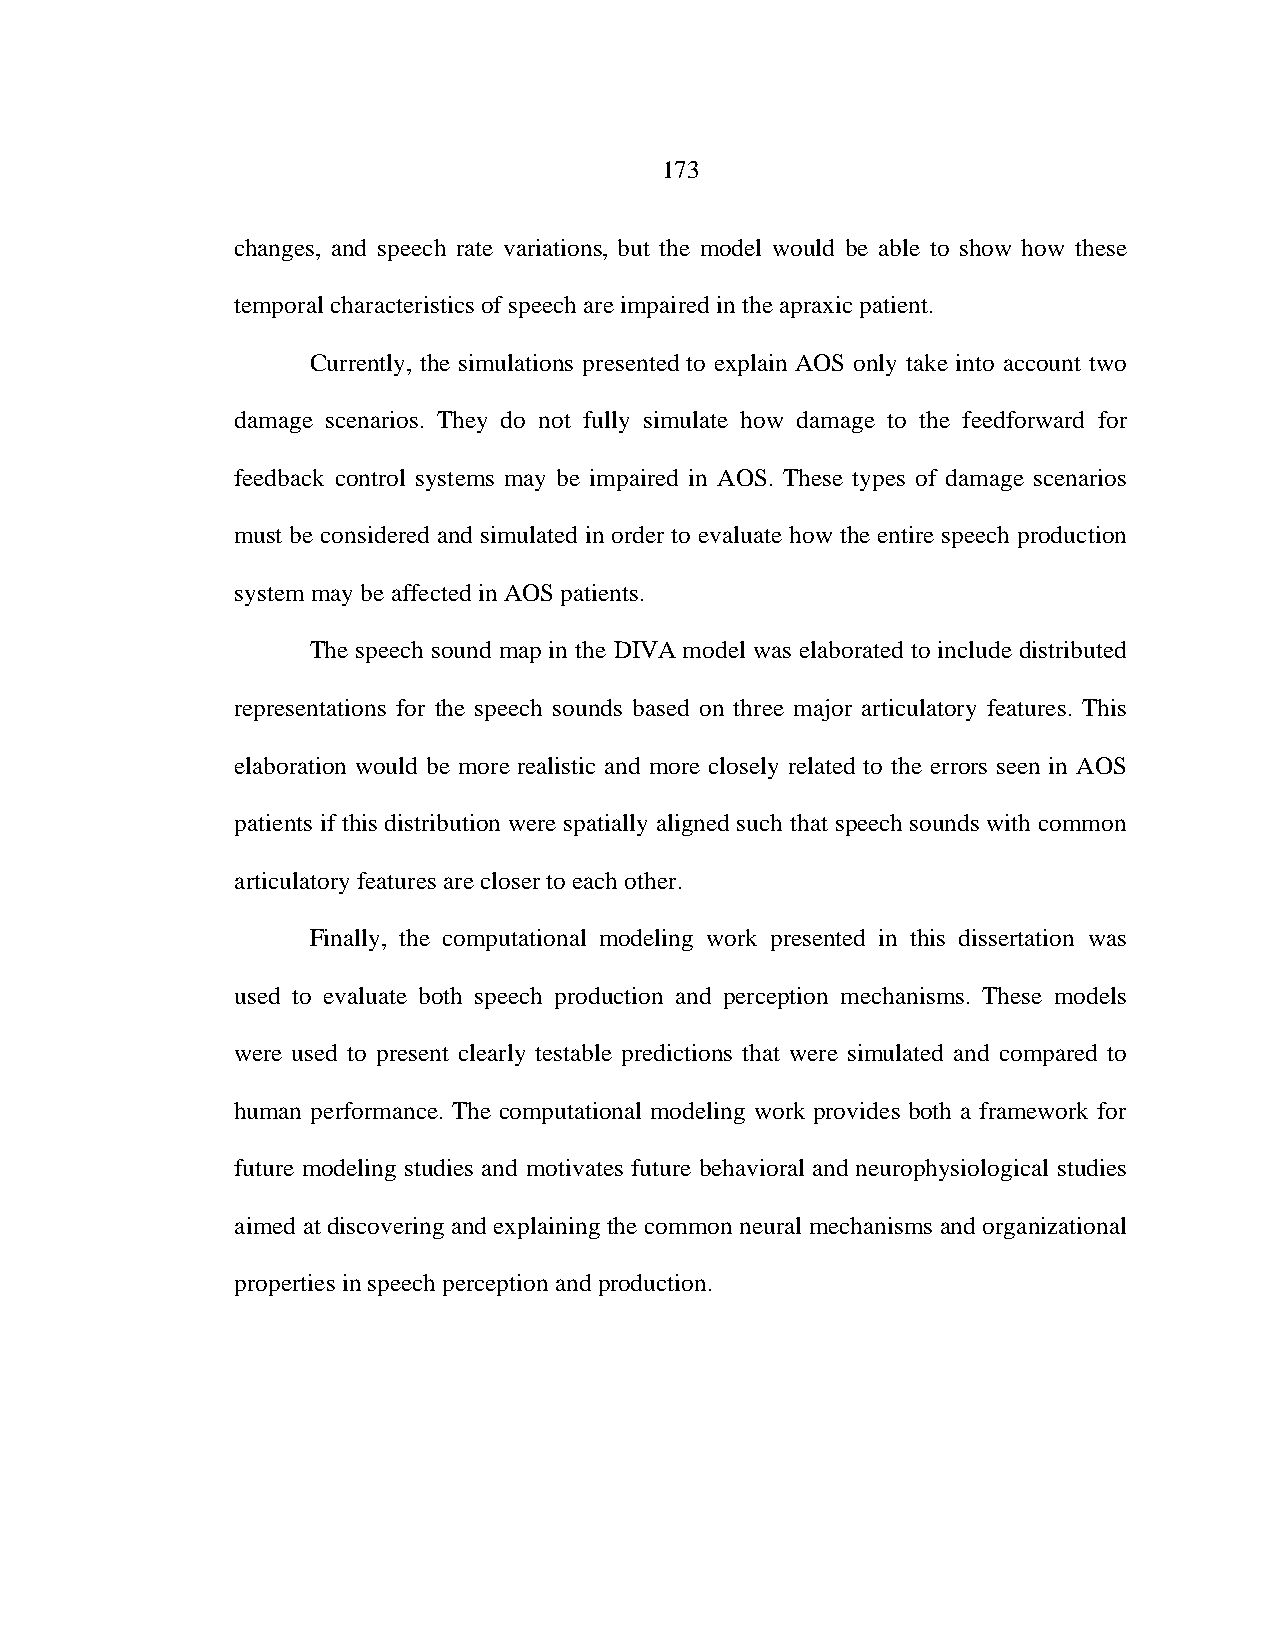
173
 changes, and speech rate variations, but the model would be able to show how these
 temporal characteristics of speech are impaired in the apraxic patient.
 Currently, the simulations presented to explain AOS only take into account two
 damage scenarios. They do not fully simulate how damage to the feedforward for
 feedback control systems may be impaired in AOS. These types of damage scenarios
 must be considered and simulated in order to evaluate how the entire speech production
 system may be affected in AOS patients.
 The speech sound map in the DIVA model was elaborated to include distributed
 representations for the speech sounds based on three major articulatory features. This
 elaboration would be more realistic and more closely related to the errors seen in AOS
 patients if this distribution were spatially aligned such that speech sounds with common
 articulatory features are closer to each other.
 Finally, the computational modeling work presented in this dissertation was
 used to evaluate both speech production and perception mechanisms. These models
 were used to present clearly testable predictions that were simulated and compared to
 human performance. The computational modeling work provides both a framework for
 future modeling studies and motivates future behavioral and neurophysiological studies
 aimed at discovering and explaining the common neural mechanisms and organizational
 properties in speech perception and production.